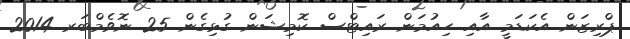
ޕްރިޒަން އެކަޑަމީ އާއި ހިއުމަން ރައިޓްސް ކޮމިޝަން ގުޅިގެން 25 ނޮވެމްބަރ 2014